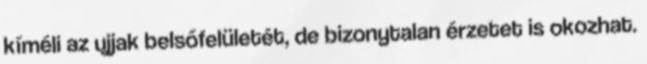
kíméli az ujjak belsőfelületét, de bizonytalan érzetet is okozhat.